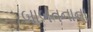
બાબતનાના